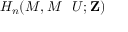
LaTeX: H _ { n } ( M , M \setminus U ; \mathbf { Z } )